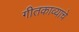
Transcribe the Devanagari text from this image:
गीतकाव्याचे